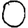
Digit: 0